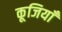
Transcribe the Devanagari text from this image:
कूजियाँ